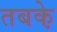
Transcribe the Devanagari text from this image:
तबके़